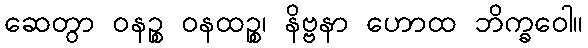
ဆေတွာ ဝနဉ္စ ဝနထဉ္စ၊ နိဗ္ဗနာ ဟောထ ဘိက္ခဝေါ။